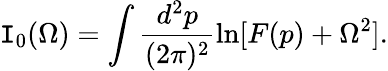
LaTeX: \mathtt{I}_{0}(\Omega)=\int\frac{{d^{2}p}}{{(2\pi)^{2}}}\ln[F(p)+\Omega^{2}].